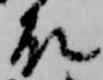
殿